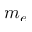
m _ { e }